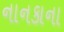
નાનકાના